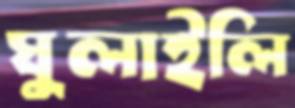
ঘুলাইলি